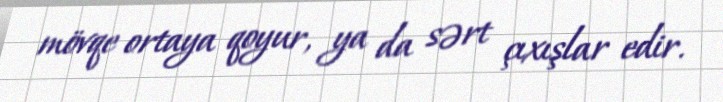
mövqe ortaya qoyur, ya da sərt çıxışlar edir.